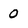
Character: 0